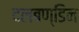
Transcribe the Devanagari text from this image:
दलबण्डिन